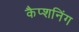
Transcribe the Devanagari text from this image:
कैप्शनिंग